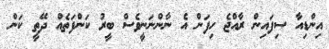
އިންޑިއާ ސިފައިން ރާއްޖެ ހިފަން އެ ނާންނަނީވެސް ބީރު ކަންފަތެއް ދޭތީ ކަން